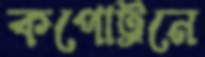
কপোট্রনে